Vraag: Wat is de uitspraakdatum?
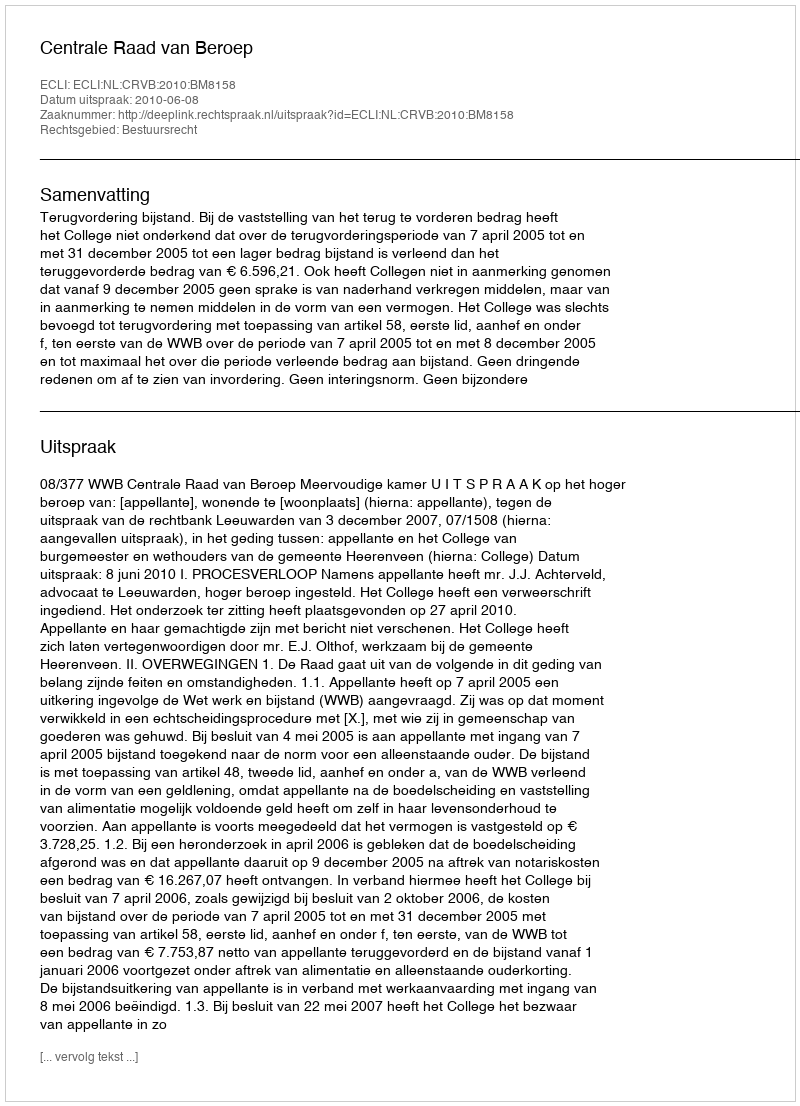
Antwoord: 2010-06-08